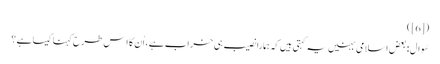
([6])
سُوال : بعض اسلامی بہنیں یہ کہتی ہیں کہ ہمارا نصیب ہی خراب ہے ، اُن کا اِس طرح کہنا کیسا ہے ؟